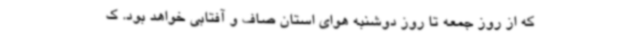
که از روز جمعه تا روز دوشنبه هوای استان صاف و آفتابی خواهد بود. ک